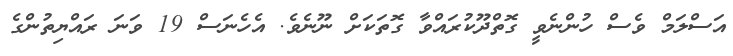
އަސްލަމް ވެސް ހުންނެވީ ގޮތްދޫކުރައްވާ ގޮތަކަށް ނޫނެވެ. އެހެނަސް 19 ވަނަ ރައްޔިތުންގެ